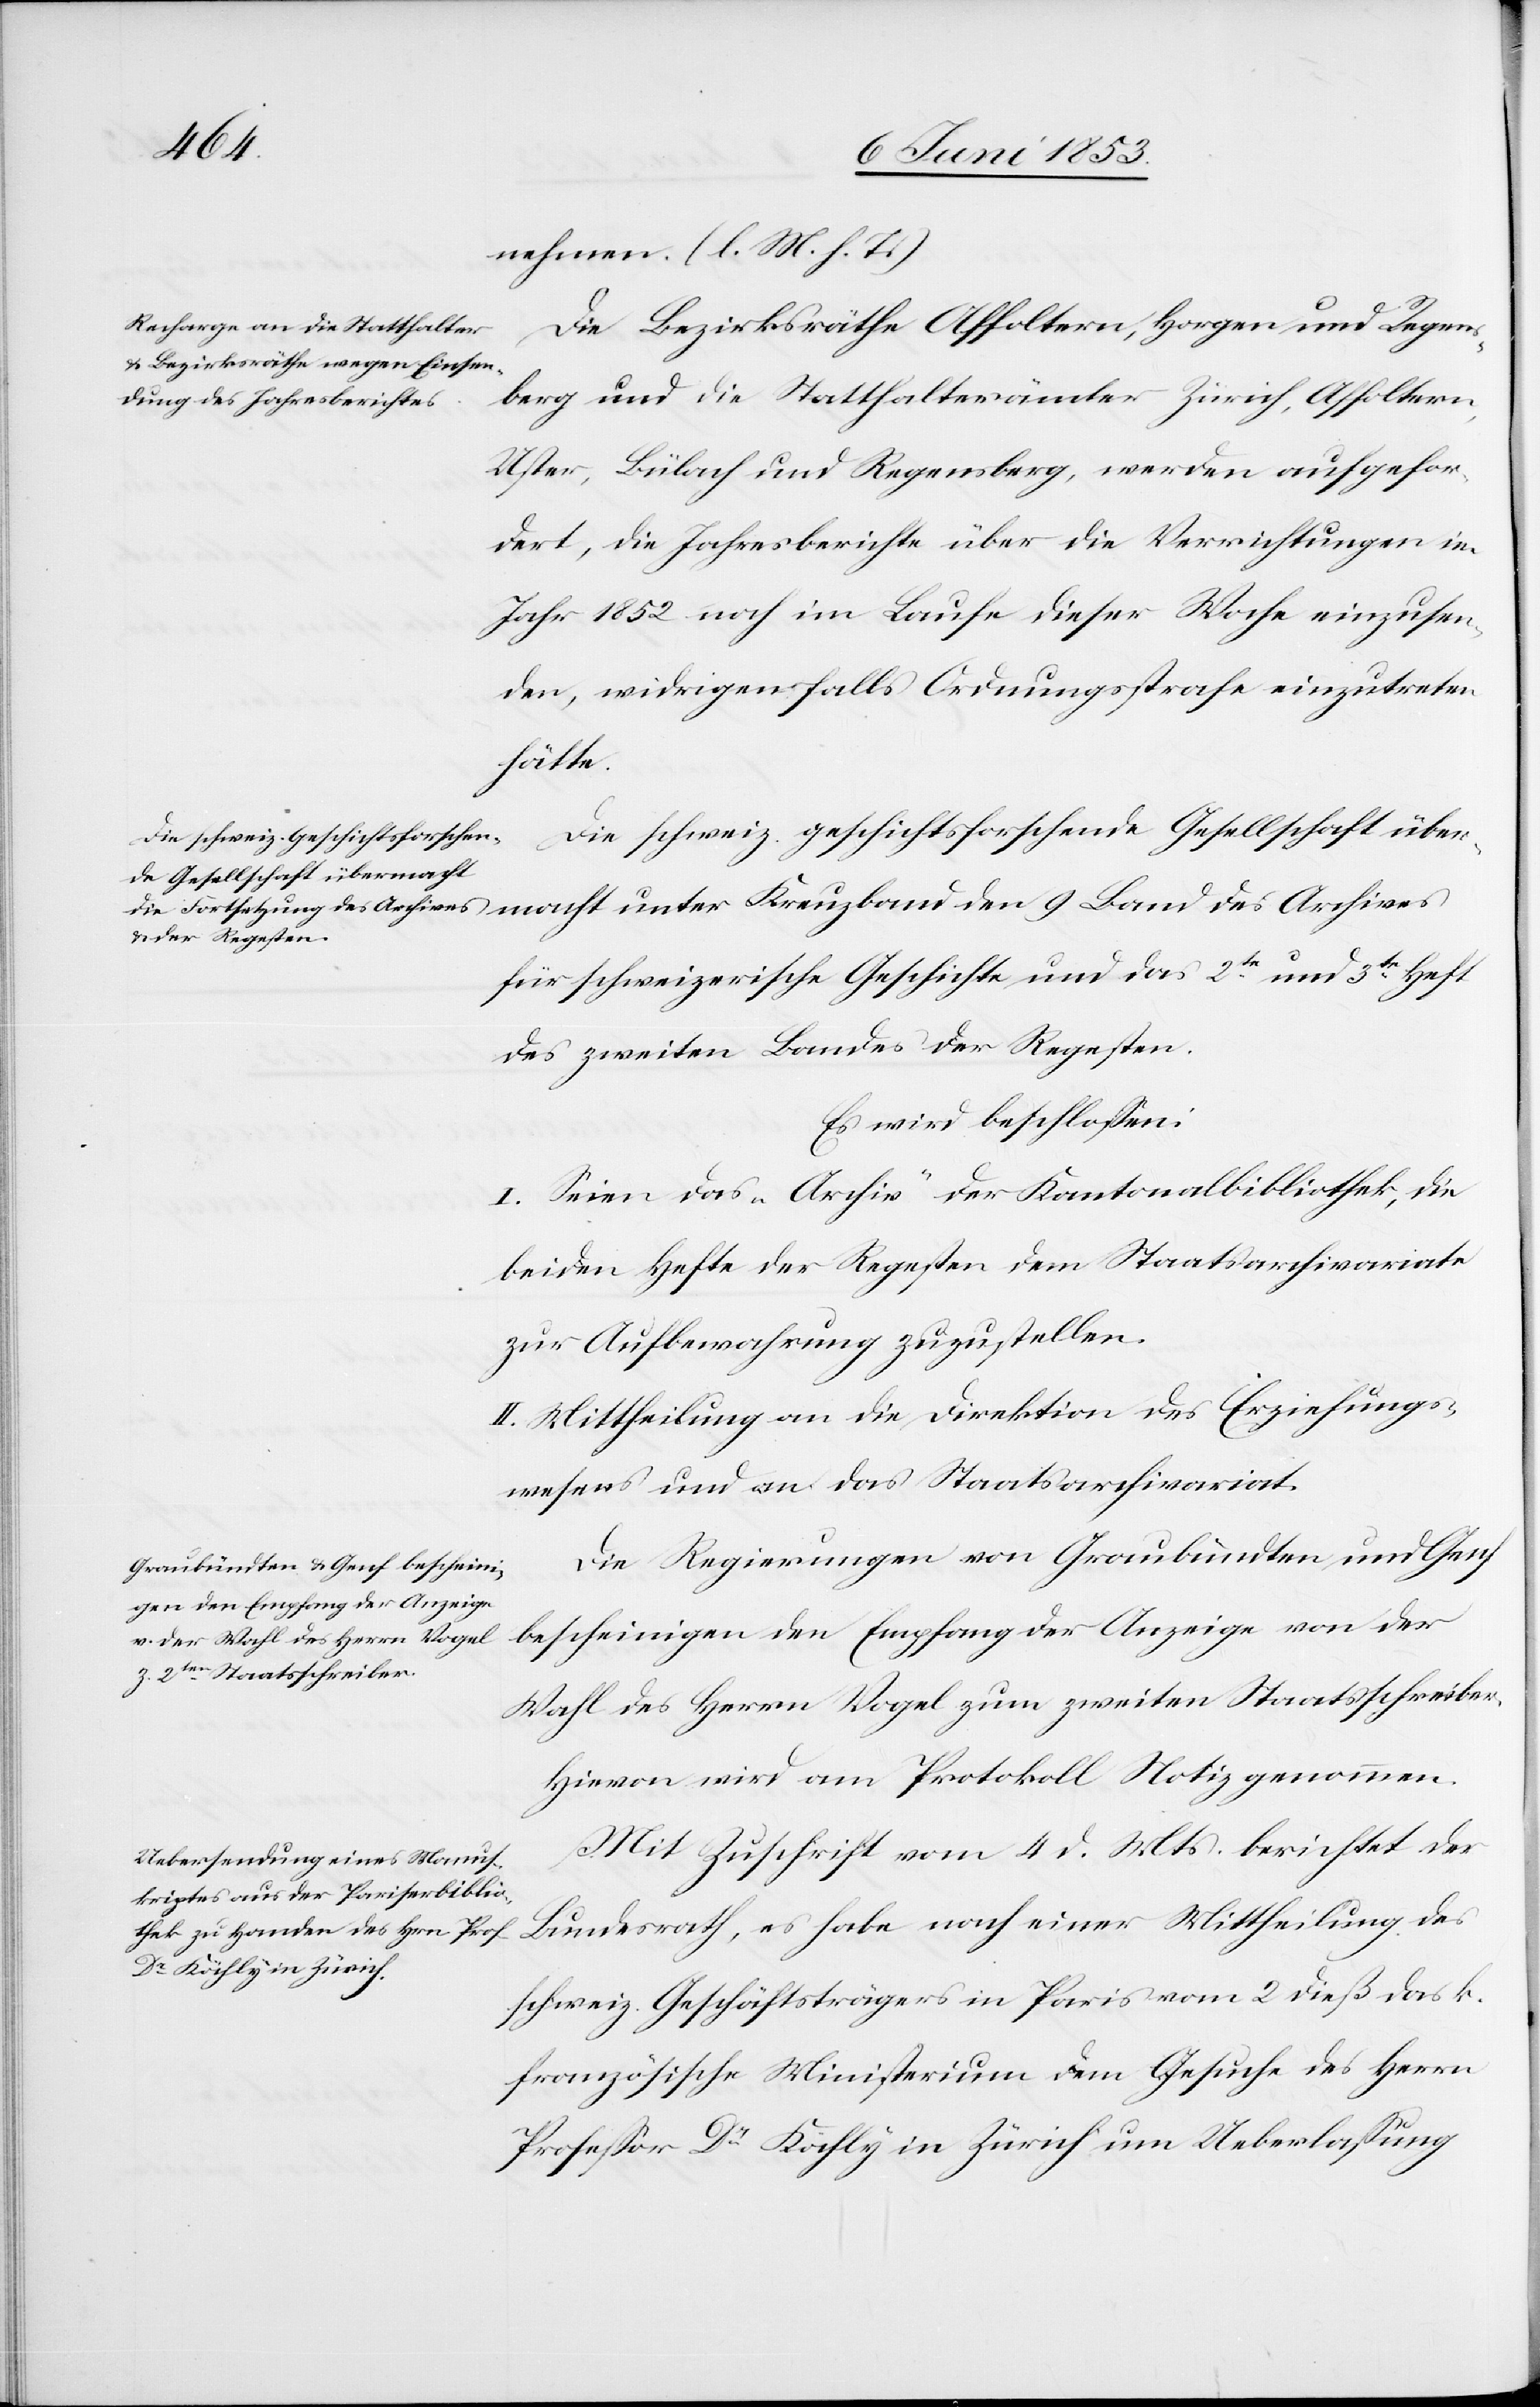
nehmen. [l. M. h. T]
Die Bezirksräthe Affoltern, Horgen und Regens¬
berg und die Statthalterämter Zürich, Affoltern,
Uster, Bülach und Regensberg, werden aufgefor¬
dert, die Jahresberichte über die Verrichtungen im
Jahr 1852 noch im Laufe dieser Woche einzusen¬
den, widrigenfalls Ordnungsstrafe einzutreten
hätte.
Die schweiz. geschichtsforschen¬
de Gesellschaft übermacht
für schweizerische Geschichte, und das 2te. und 3te. Heft
des zweiten Bundes des Regesten.
Es wird beschloßen:
I. Seien das „Archiv“ der Kantonalbibliothek, die
beiden Hefte der Regesten dem Staatsarchivariate
zur Aufbewahrung zuzustellen.
II. Mittheilung an die Direktion des Erziehungs¬
wesens und an das Staatsarchivariat.
Die Regierungen von Graubündten und Genf
bescheinigen den Empfang der Anzeige von der
Wahl des Herrn Vogel zum zweiten Staatsschreiber.
Hievon wird am Protokoll Notiz genommen.
Mit Zuschrift vom 4 d. Mts. berichtet der
Bundesrath, es habe nach einer Mittheilung des
schweiz. Geschäftsträgers in Paris vom 2 dieß das k.
französische Ministerium dem Gesuche des Herrn
Profeßor Dr. Kähly in Zürich um Ueberlaßung